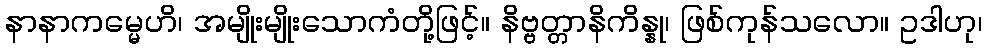
နာနာကမ္မေဟိ၊ အမျိုးမျိုးသောကံတို့ဖြင့်။ နိဗ္ဗတ္တာနိကိန္နု၊ ဖြစ်ကုန်သလော။ ဥဒါဟု၊